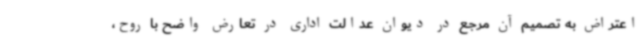
اعتراض به تصمیم آن مرجع در دیوان عدالت اداری در تعارض واضح با روح،